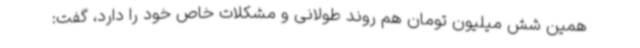
همین شش میلیون تومان هم روند طولانی و مشکلات خاص خود را دارد، گفت: